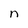
Character: n